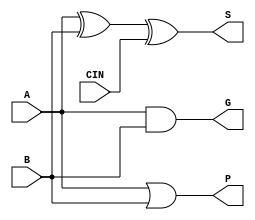
/* Partial Adder, recebe dois nmeros de 1 bit, A e B, e um carry in CIN.
Suas sadas so:
S - Soma (A ^ B ^ CIN)
P - Propagate, verifica se A e B propagam um carry. 1 caso propaga, 0 caso contrrio. (A | N) 
G - Generate, verifica se A e B geram um carry. 1 caso gere, 0 caso contrrio (A & B) */

module PartialFullAdder1b (
    input A, B, CIN,
    output S, P, G
);
wire W1;

    xor U1 (W1, A, B);
    xor U2 (S, W1, CIN);
    or U3 (P, A, B);
    and U4 (G, A, B);

endmodule